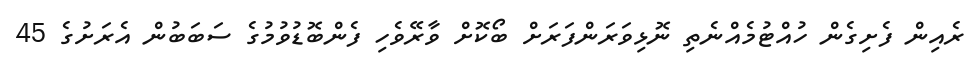
ރެއިން ފެށިގެން ހުއްޓުމެއްނެތި ނޮޅިވަރަންފަރަށް ބޯކޮށް ވާރޭވެހި ފެންބޮޑުވުމުގެ ސަބަބުން އެރަށުގެ 45